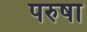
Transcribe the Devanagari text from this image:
परुषा